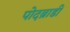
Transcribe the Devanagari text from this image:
पोदब्राडी